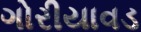
ગોરીયાવડ